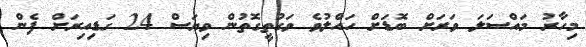
މިހާރު މައްސަލަ ވަރަށް ބޮޑަށް ހައްލުވެ ވަގުތީގޮތުން ވިޔަސް 24 ގަޑިއިރަށް ފެން